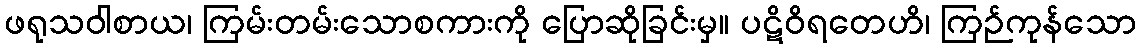
ဖရုသဝါစာယ၊ ကြမ်းတမ်းသောစကားကို ပြောဆိုခြင်းမှ။ ပဋိဝိရတေဟိ၊ ကြဉ်ကုန်သော